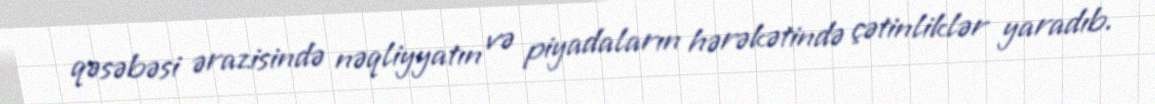
qəsəbəsi ərazisində nəqliyyatın və piyadaların hərəkətində çətinliklər yaradıb.